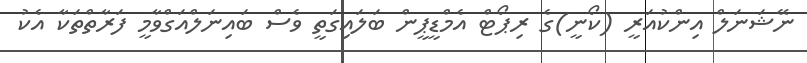
ނޭޝަނަލް އިންކުއަރީ (ކޯނީ)ގެ ރިޕޯޓް އެމްޑީޕީން ބަލައިގަތީ ވެސް ބައިނަލްއަގްވާމީ ފަރާތްތަކާ އެކު